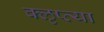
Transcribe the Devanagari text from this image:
क्‍ऌप्‍त्या